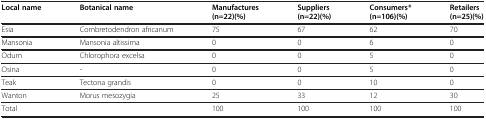
<table><thead><tr><td><b>Local name</b></td><td><b>Botanical name</b></td><td><b>Manufactures (n=22)(%)</b></td><td><b>Suppliers (n=22)(%)</b></td><td><b>Consumers* (n=106)(%)</b></td><td><b>Retailers (n=25)(%)</b></td></tr></thead><tbody><tr><td>Esia</td><td>Combretodendron africanum</td><td>75</td><td>67</td><td>62</td><td>70</td></tr><tr><td>Mansonia</td><td>Mansonia altissima</td><td>0</td><td>0</td><td>6</td><td>0</td></tr><tr><td>Odum</td><td>Chlorophora excelsa</td><td>0</td><td>0</td><td>5</td><td>0</td></tr><tr><td>Osina</td><td>-</td><td>0</td><td>0</td><td>5</td><td>0</td></tr><tr><td>Teak</td><td>Tectona grandis</td><td>0</td><td>0</td><td>10</td><td>0</td></tr><tr><td>Wanton</td><td>Morus mesozygia</td><td>25</td><td>33</td><td>12</td><td>30</td></tr><tr><td>Total</td><td> </td><td>100</td><td>100</td><td>100</td><td>100</td></tr></tbody></table>